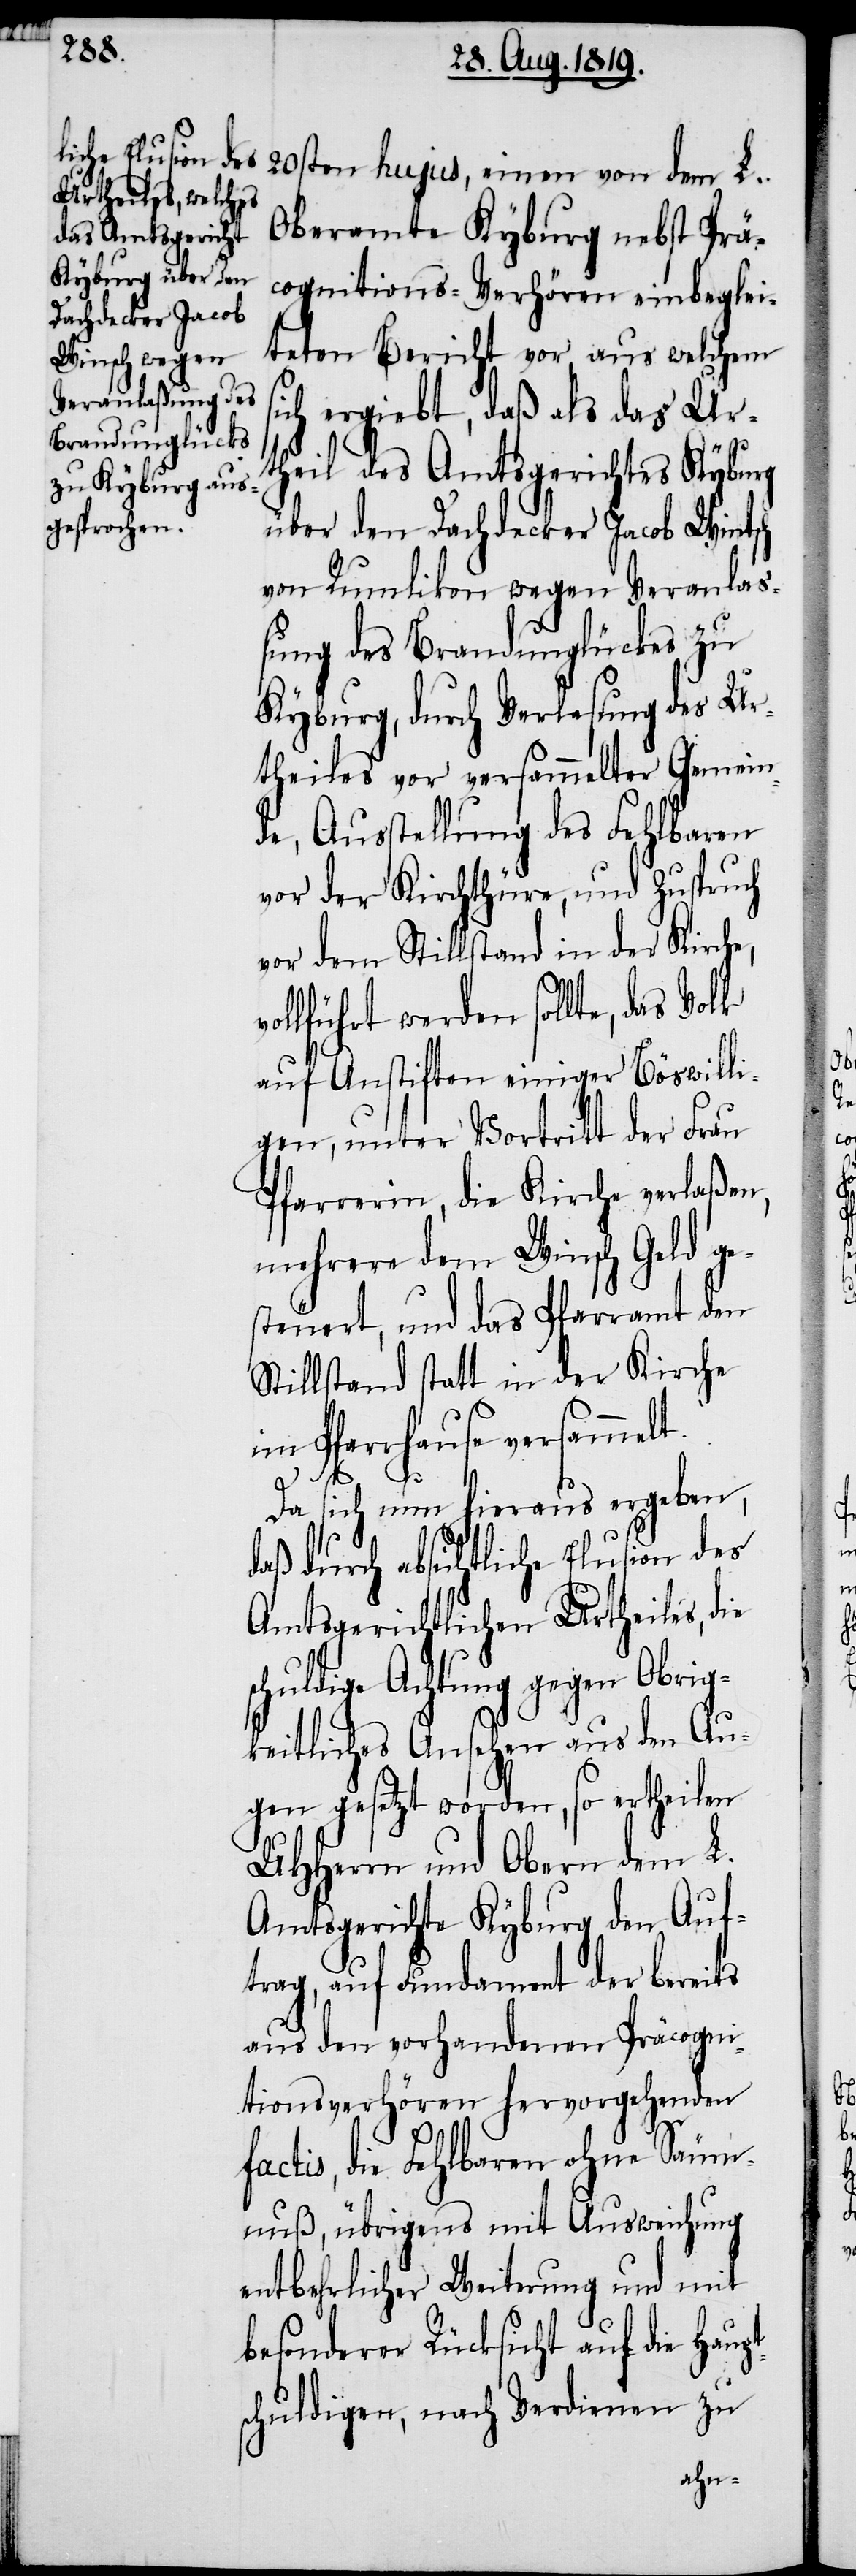
20sten hujus, einen von dem L.
Oberamte Kyburg nebst Prä¬
cognitions-Verhören einbeglei¬
teten Bericht vor, aus welchem s¬
ich ergiebt, daß als das Urt¬
heil des Amtsgerichtes Kyburg
über den Dachdecker Jacob Wintsch
von Rumlikon wegen Veranlas¬
sung des Brandunglückes zu
Kyburg, durch Verlesung des Ur¬
theiles vor versammelter Gemein¬
de, Ausstellung des Fehlbaren
vor der Kirchtüre, und Zuspruch
vor dem Stillstand in der Kirche,
ollführt werden sollte, das
auf Anstiften einiger Böswilli¬
gen, unter Vortritt der Frau
Pfarrerin, die Kirche verlaßen,
mehrere dem Winsch Geld ge¬
steuert, und das Pfarramt den
Stillstand statt in der Kirche
im Pfarrhause versammelt.
pt¬
Da sich nun hieraus ergeben,
daß durch absichtliche Elusion des
Amtsgerichtlichen Urtheiles, die
schuldige Achtung gegen Obrig¬
keitliches Ansehen aus den Au¬
gen gesetzt worden, so ertheilen
UHHerren und Obern dem L.
Amtsgerichte Kyburg den Auf¬
trag, auf Fundament der bereits
aus den vorhandenen Präcogni¬
tionsverhören hervorgehenden
factis, die Fehlbaren ohne Säum¬
nuß, übrigens mit Ausweichung
entbehrlicher Weiterung und mit
besonderer Rücksicht auf die Hau¬
schuldigen, nach Verdienen zu